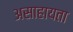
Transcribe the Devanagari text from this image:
असाहायता